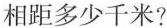
相距多少千米?